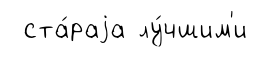
ста́раjа лу́чшим'и